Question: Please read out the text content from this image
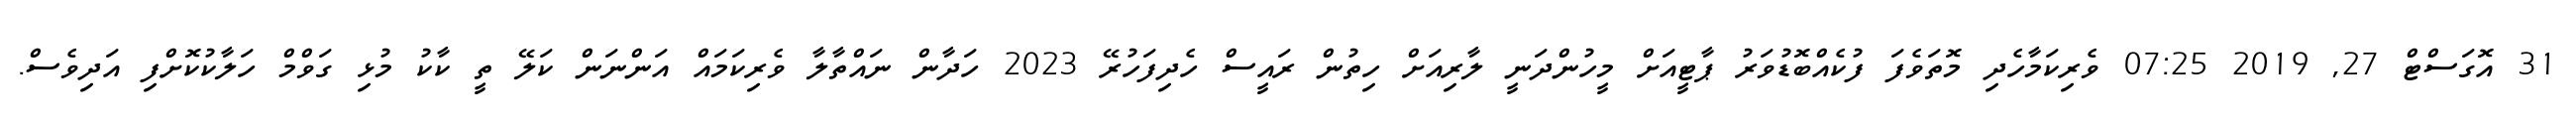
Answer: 31 އޮގަސްޓް 27, 2019 07:25 ވެރިކަމާހެދި މޮތަވެފަ ފުކެއްބޮޑުވަރު ޕާޓީއަށް މީހުންދަނީ ލާރިއަށް ހިތުން ރައީސް ހެދިފަހުރޭ 2023 ހަދާން ނައްތާލާ ވެރިކަމައް އަންނަން ކަލޭ ތީ ކާކު މުޅި ގަވްމް ހަލާކުކޮށްފި އަދިވެސް.